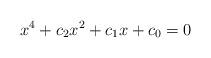
LaTeX: \begin{align*}x^4 + c_2 x^2 + c_1 x + c_0 = 0\end{align*}